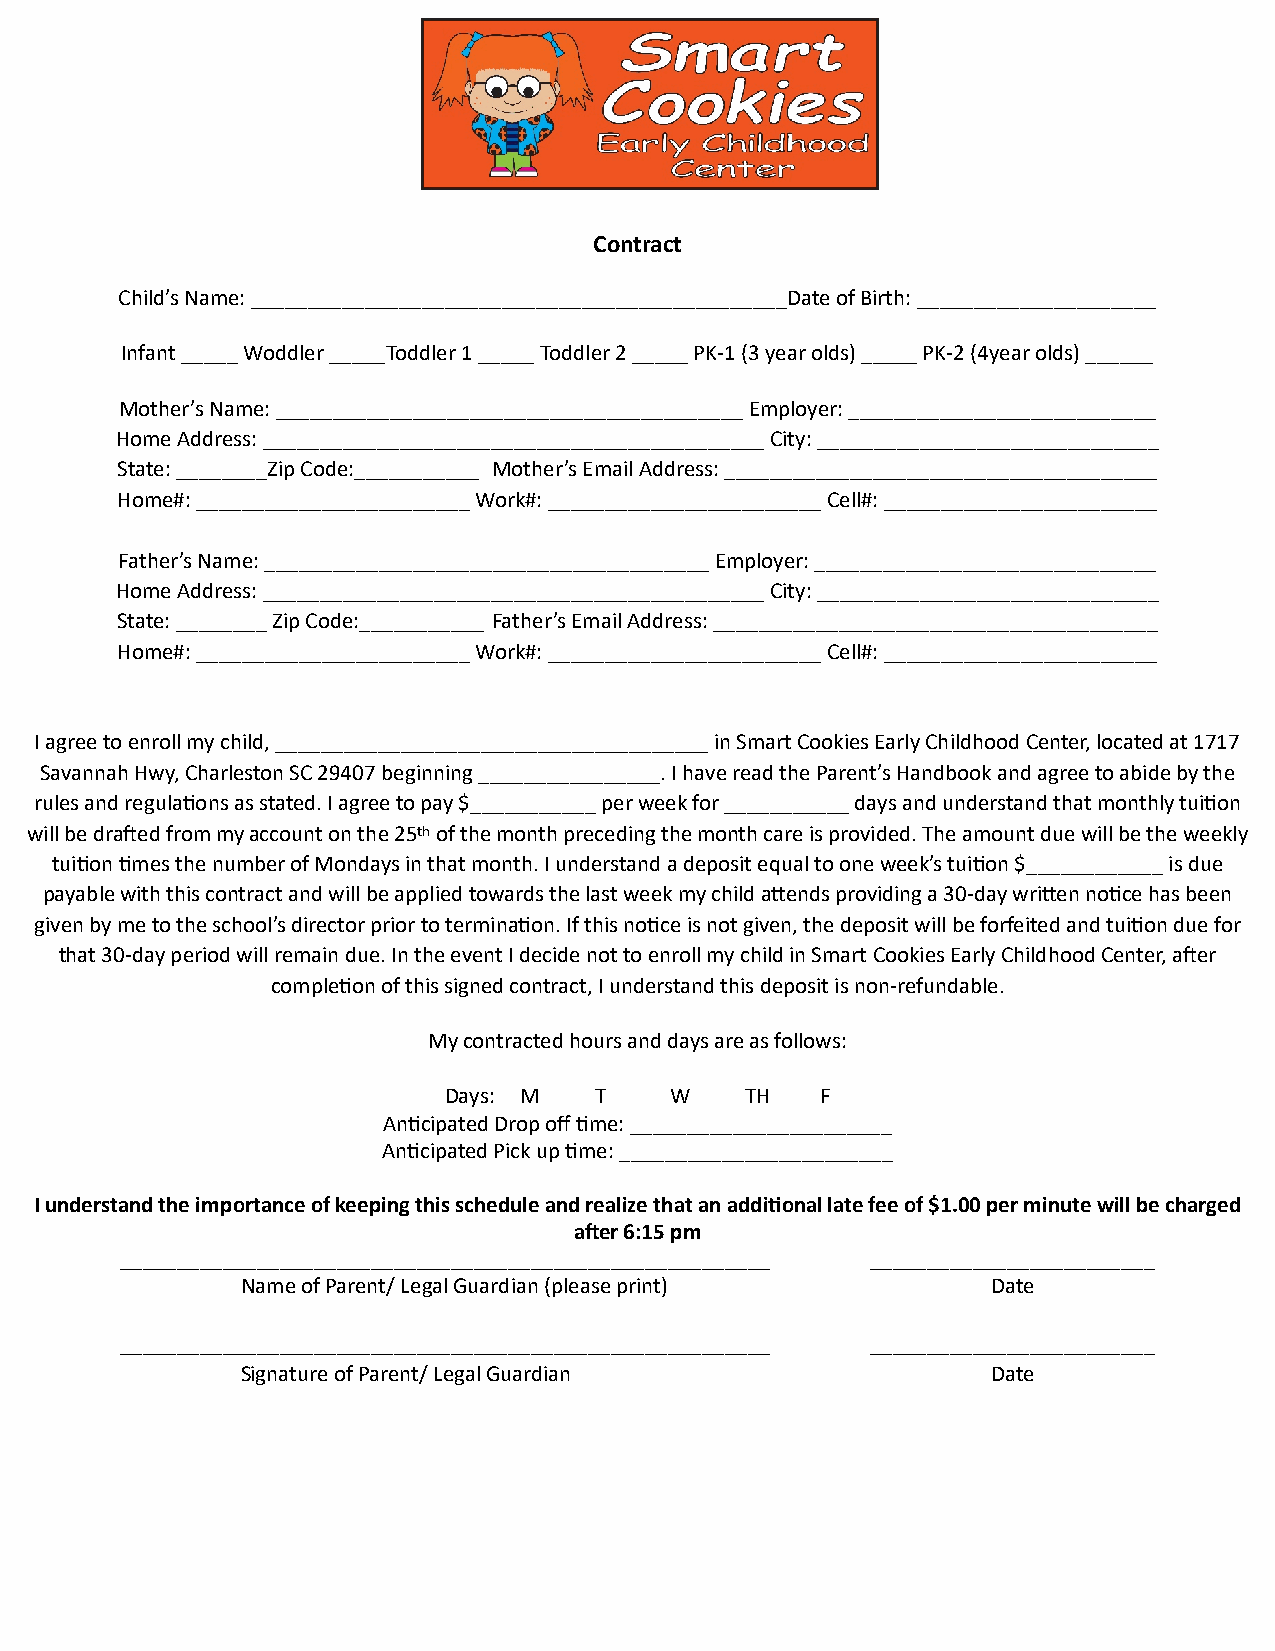
Contract
 Child’s Name: _______________________________________________Date of Birth: _____________________
 Infant _____ Woddler _____Toddler 1 _____ Toddler 2 _____ PK-1 (3 year olds) _____ PK-2 (4year olds) ______
 Mother’s Name: _________________________________________ Employer: ___________________________
 Home Address: ____________________________________________ City: ______________________________
 State: ________Zip Code:___________ Mother’s Email Address: ______________________________________
 Home#: ________________________ Work#: ________________________ Cell#: ________________________
 Father’s Name: _______________________________________ Employer: ______________________________
 Home Address: ____________________________________________ City: ______________________________
 State: ________ Zip Code:___________ Father’s Email Address: _______________________________________
 Home#: ________________________ Work#: ________________________ Cell#: ________________________
 I agree to enroll my child, ______________________________________ in Smart Cookies Early Childhood Center, located at 1717
 Savannah Hwy, Charleston SC 29407 beginning ________________. I have read the Parent’s Handbook and agree to abide by the
 rules and regula;ons as stated. I agree to pay $___________ per week for ___________ days and understand that monthly tui;on
 will be draied from my account on the 25th of the month preceding the month care is provided. The amount due will be the weekly
 tui;on ;mes the number of Mondays in that month. I understand a deposit equal to one week’s tui;on $____________ is due
 payable with this contract and will be applied towards the last week my child agends providing a 30-day wrigen no;ce has been
 given by me to the school’s director prior to termina;on. If this no;ce is not given, the deposit will be forfeited and tui;on due for
 that 30-day period will remain due. In the event I decide not to enroll my child in Smart Cookies Early Childhood Center, aier
 comple;on of this signed contract, I understand this deposit is non-refundable.
 My contracted hours and days are as follows:
 Days: M   T    W    TH   F
 An;cipated Drop off ;me: _______________________
 An;cipated Pick up ;me: ________________________
 I understand the importance of keeping this schedule and realize that an addiDonal late fee of $1.00 per minute will be charged
 aber 6:15 pm
 _________________________________________________________ _________________________
 Name of Parent/ Legal Guardian (please print)     Date
 _________________________________________________________ _________________________
 Signature of Parent/ Legal Guardian               Date